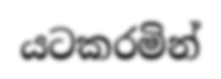
යටකරමින්